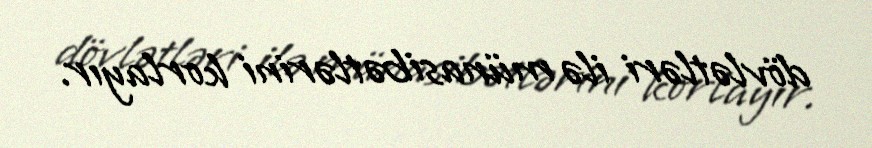
dövlətləri ilə münasibətlərini korlayır.